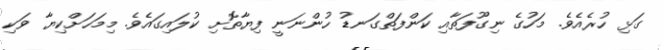
ގަޅި ހުރެއެވެ. މަހުގެ ނިގޫފަތާއި ކަންފަތްގަނޑު ހުންނަނީ ފިޔާތޮށި ކުލައިގައެވެ. މިމަހަށްކިޔާ ވަކި